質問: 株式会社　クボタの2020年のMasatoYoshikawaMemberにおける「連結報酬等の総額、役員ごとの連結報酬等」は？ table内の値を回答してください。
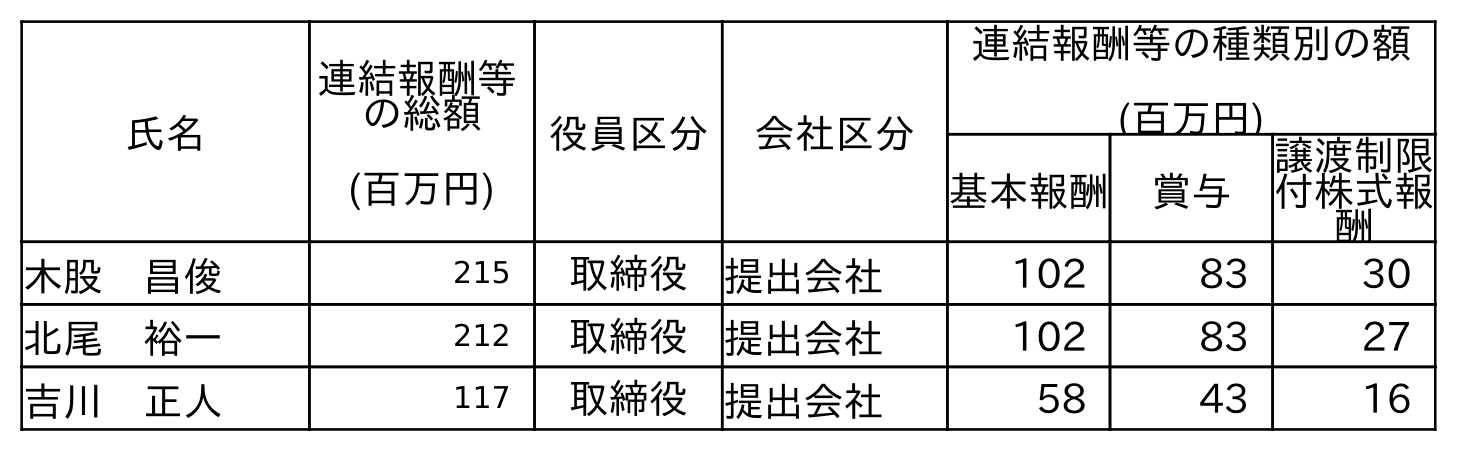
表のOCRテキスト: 氏名 連結報酬等 の総額 (百万円) 役員区分 会社区分 連結報酬等の種類別の額 (百万円) 基本報酬 賞与 譲渡制限 付株式報 酬 木股 昌俊 215 取締役 提出会社 102 83 30 北尾 裕一 212 取締役 提出会社 102 83 27 吉川 正人 117 取締役 提出会社 58 43 16
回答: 117